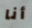
أنا